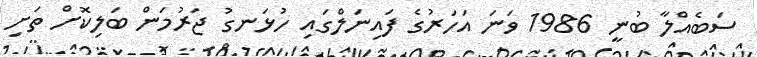
ސަބެއްލާ ބުނީ 1986 ވަނަ އަހަރުގެ ފައިނަލްގައި ހުޅަނގު ޖަރުމަން ބަލިކޮށް ތަށި